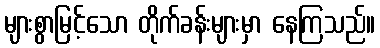
များစွာမြင့်သော တိုက်ခန်းများမှာ နေကြသည်။